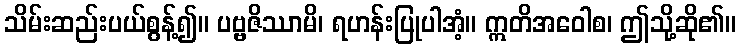
သိမ်းဆည်းပယ်စွန့်၍။ ပဗ္ဗဇိဿာမိ၊ ရဟန်းပြုပါအံ့။ ဣတိအဝေါစ၊ ဤသို့ဆို၏။